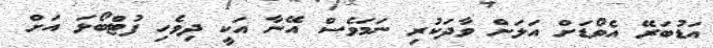
އަޑުބަރޭ އެވޯޑަށް އަލަށް ވާދަކުރި ނަމަވެސް އޭނާ އަކީ ދިވެހި ފުޓްބޯޅަ އަށް